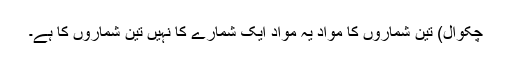
چکوال) تین شماروں کا مواد یہ مواد ایک شمارے کا نہیں تین شماروں کا ہے۔